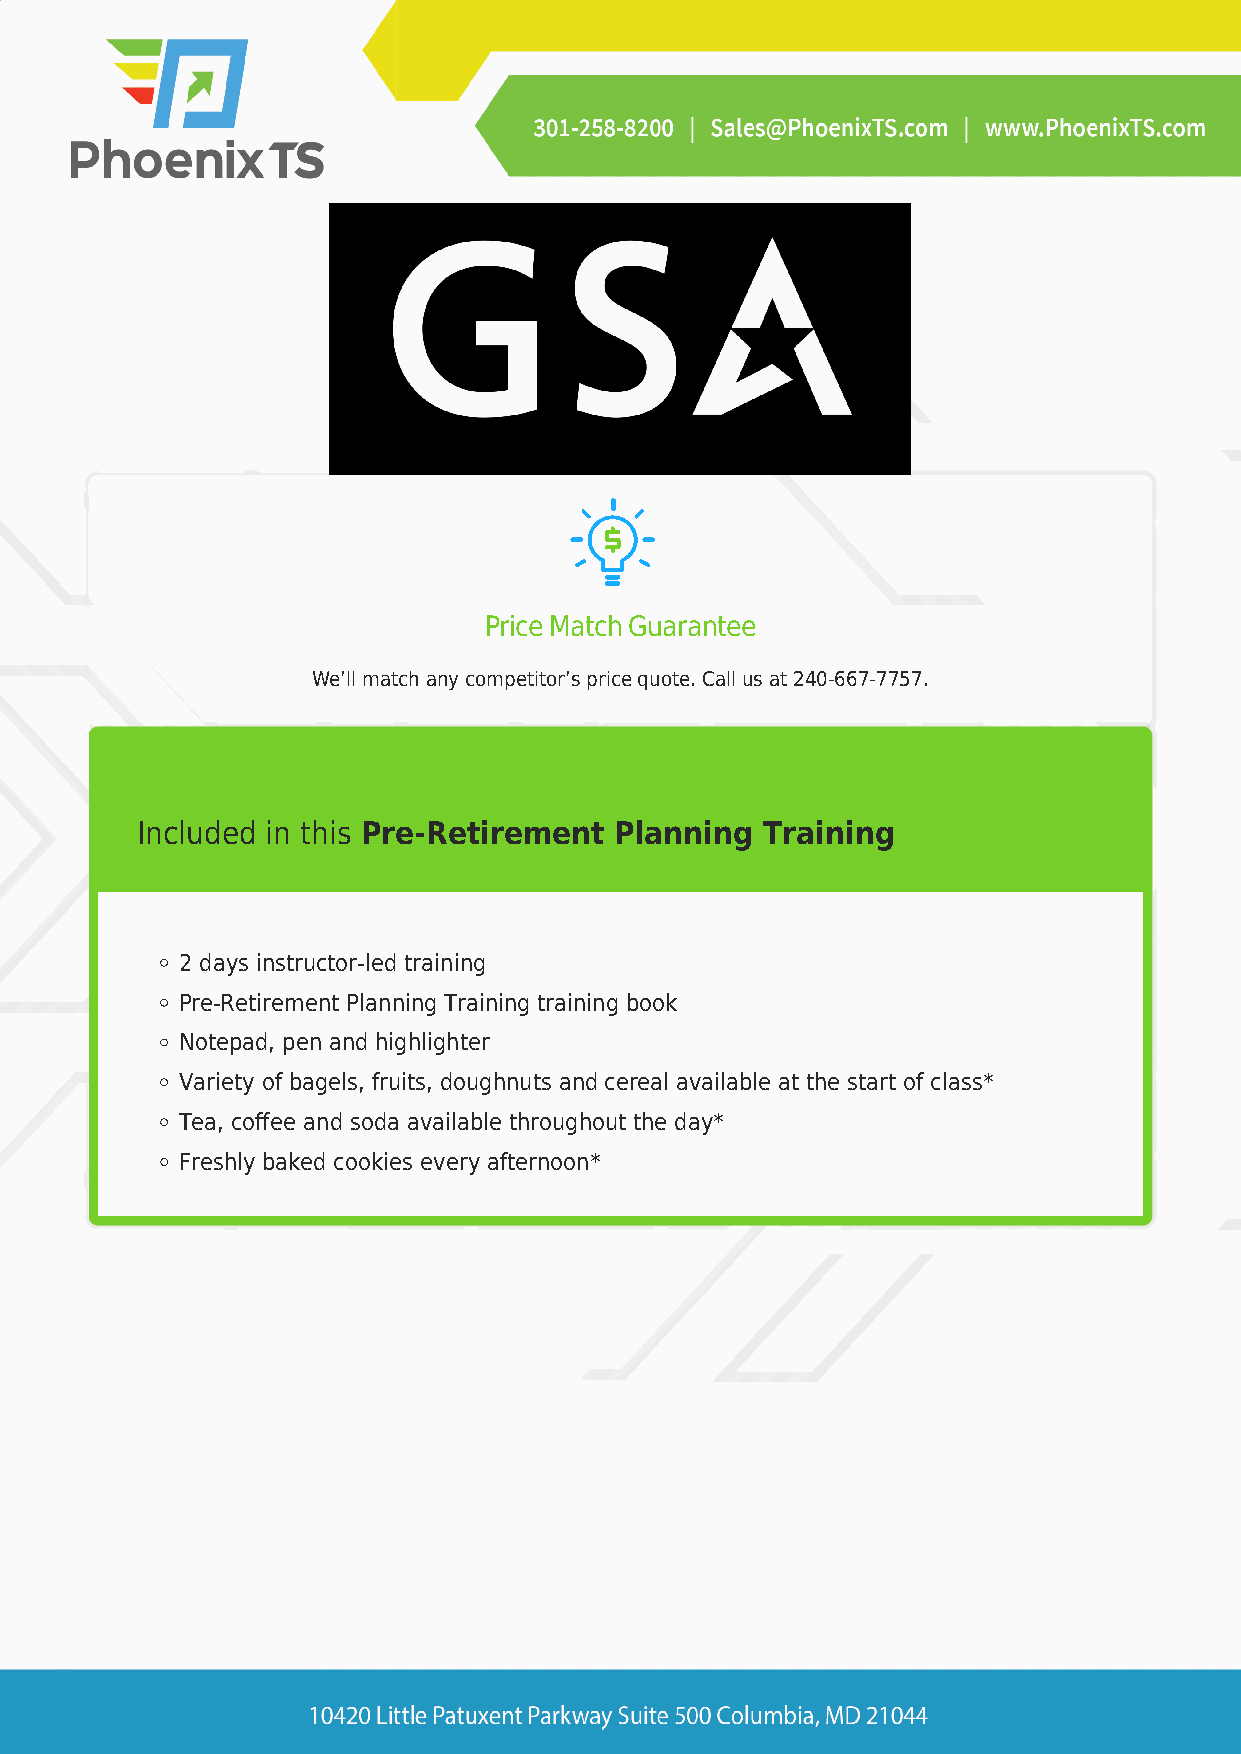
Price Match Guarantee
 We’ll match any competitor’s price quote. Call us at 240-667-7757.
 Included in this Pre-Retirement Planning  Training
 2 days instructor-led training
 Pre-Retirement Planning Training training book
 Notepad, pen and highlighter
 Variety of bagels, fruits, doughnuts and cereal available at the start of class*
 Tea, coffee and soda available throughout the day*
 Freshly baked cookies every afternoon*